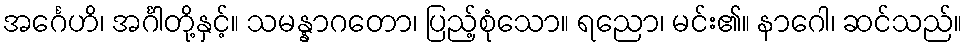
အင်္ဂေဟိ၊ အင်္ဂါတို့နှင့်။ သမန္နာဂတော၊ ပြည့်စုံသော။ ရညော၊ မင်း၏။ နာဂေါ၊ ဆင်သည်။